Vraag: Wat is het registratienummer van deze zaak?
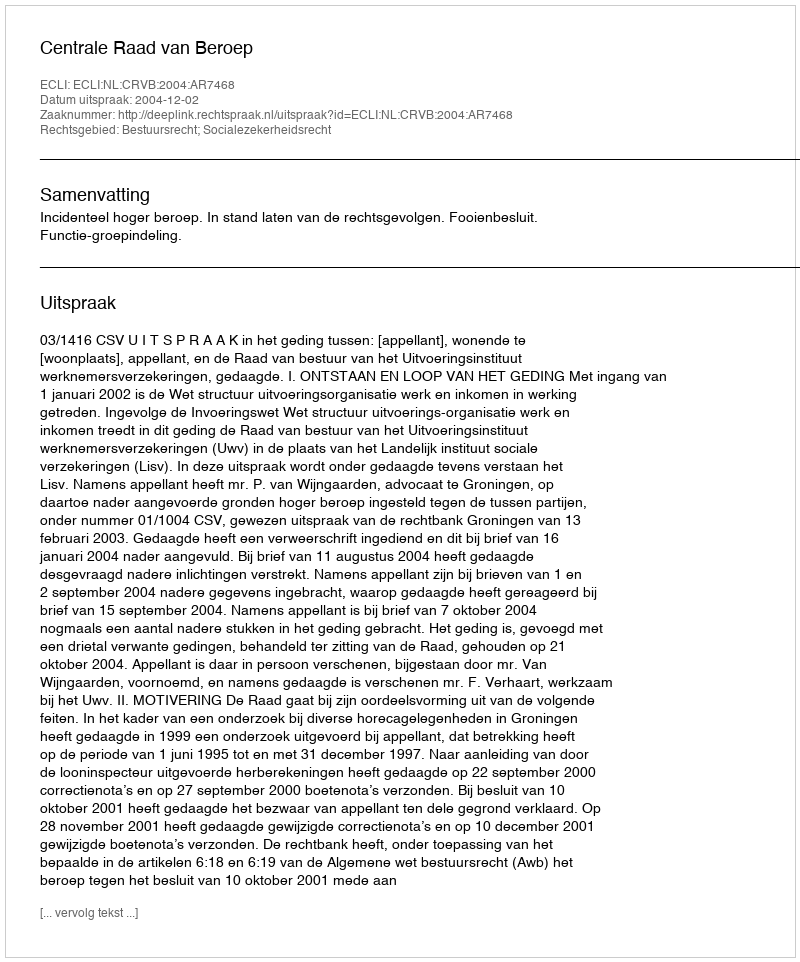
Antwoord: http://deeplink.rechtspraak.nl/uitspraak?id=ECLI:NL:CRVB:2004:AR7468